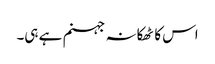
اس کا ٹھکانہ جہنم ہے ہی۔